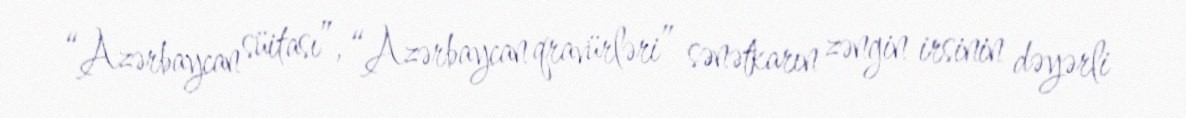
“Azərbaycan süitası”, “Azərbaycan qravürləri” sənətkarın zəngin irsinin dəyərli